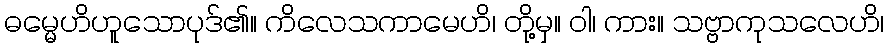
ဓမ္မေဟိဟူသောပုဒ်၏။ ကိလေသကာမေဟိ၊ တို့မှ။ ဝါ၊ ကား။ သဗ္ဗာကုသလေဟိ၊